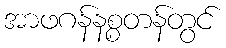
အာဖဂန်နစ္စတန်တွင်